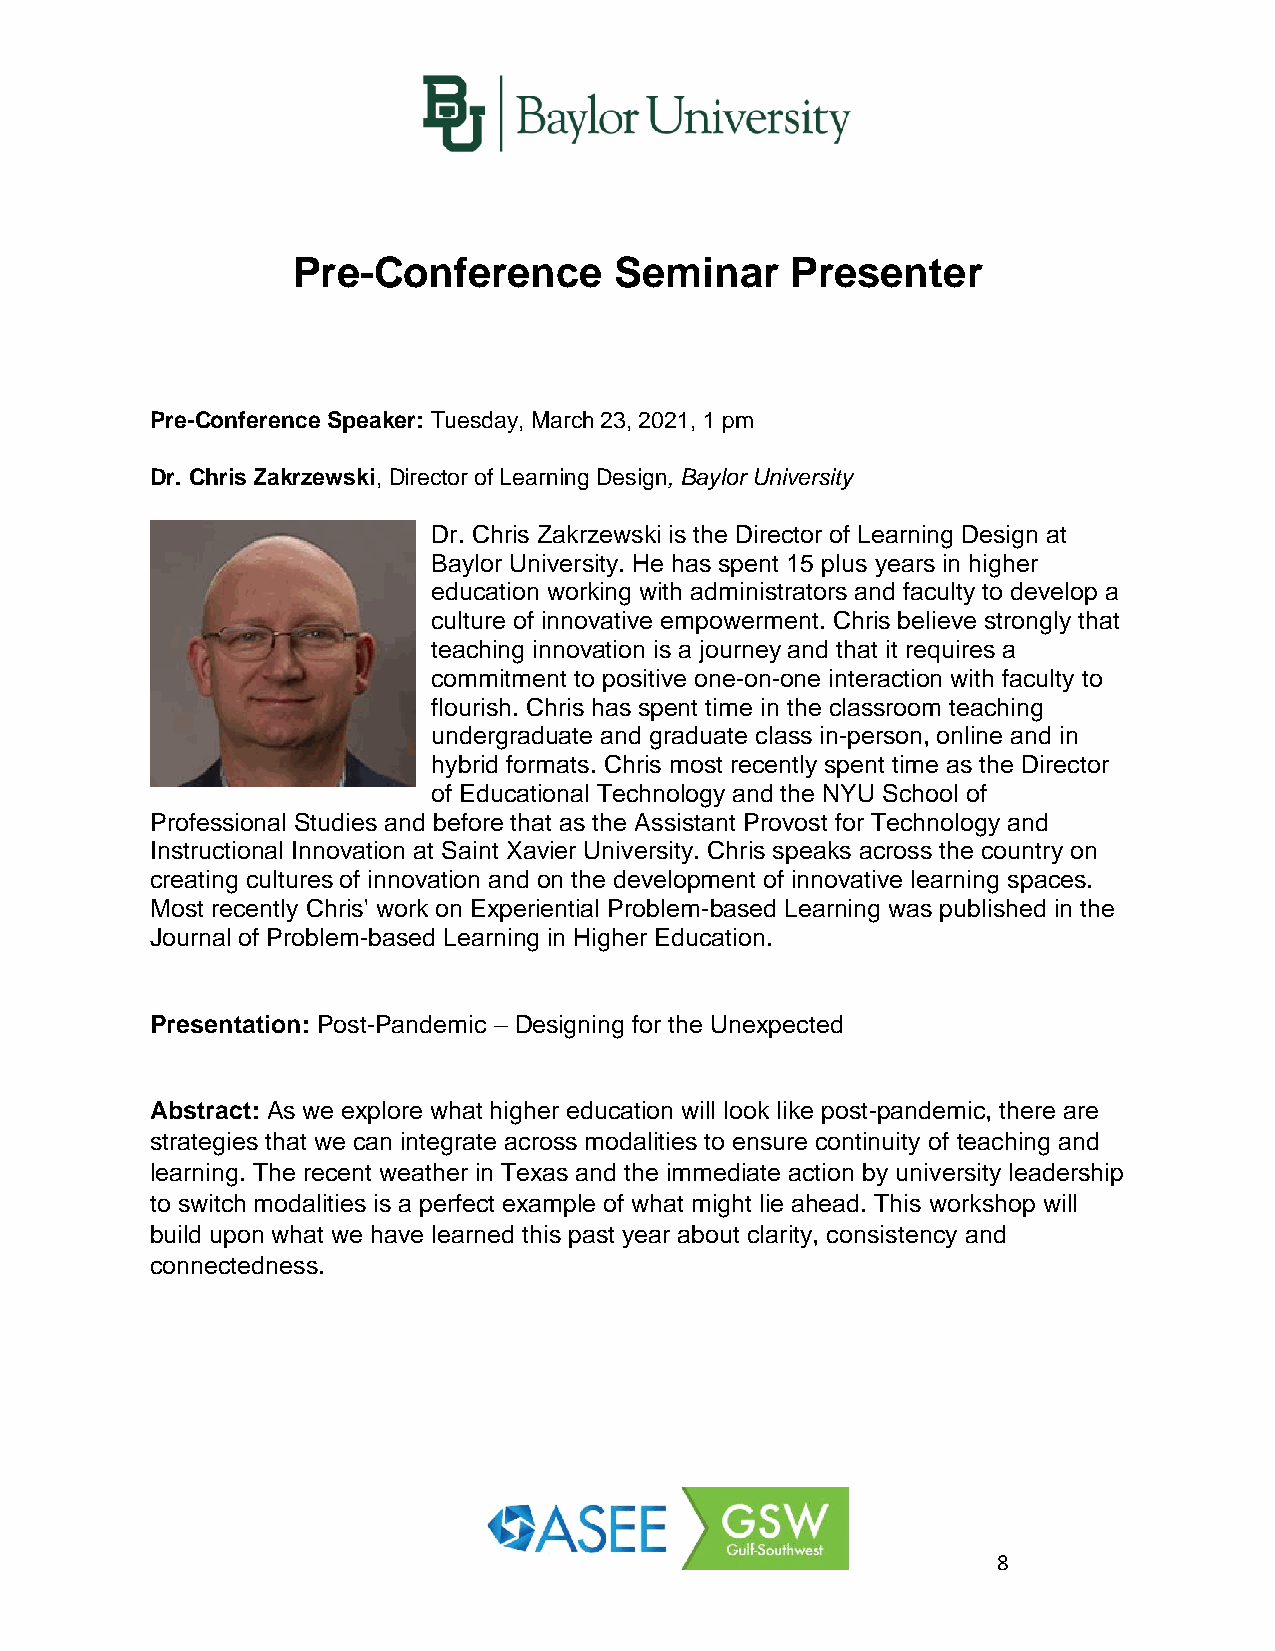
Pre-Conference        Seminar    Presenter
 Pre-Conference Speaker: Tuesday, March 23, 2021, 1 pm
 Dr. Chris Zakrzewski, Director of Learning Design, Baylor University
 Dr. Chris Zakrzewski is the Director of Learning Design at
 Baylor University. He has spent 15 plus years in higher
 education working with administrators and faculty to develop a
 culture of innovative empowerment. Chris believe strongly that
 teaching innovation is a journey and that it requires a
 commitment to positive one-on-one interaction with faculty to
 flourish. Chris has spent time in the classroom teaching
 undergraduate and graduate class in-person, online and in
 hybrid formats. Chris most recently spent time as the Director
 of Educational Technology and the NYU School of
 Professional Studies and before that as the Assistant Provost for Technology and
 Instructional Innovation at Saint Xavier University. Chris speaks across the country on
 creating cultures of innovation and on the development of innovative learning spaces.
 Most recently Chris' work on Experiential Problem-based Learning was published in the
 Journal of Problem-based Learning in Higher Education.
 Presentation: Post-Pandemic – Designing for the Unexpected
 Abstract: As we explore what higher education will look like post-pandemic, there are
 strategies that we can integrate across modalities to ensure continuity of teaching and
 learning. The recent weather in Texas and the immediate action by university leadership
 to switch modalities is a perfect example of what might lie ahead. This workshop will
 build upon what we have learned this past year about clarity, consistency and
 connectedness.
 8